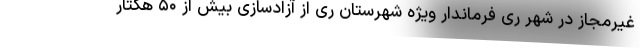
غیرمجاز در شهر ری فرماندار ویژه شهرستان ری از آزادسازی بیش از ۵۰ هکتار